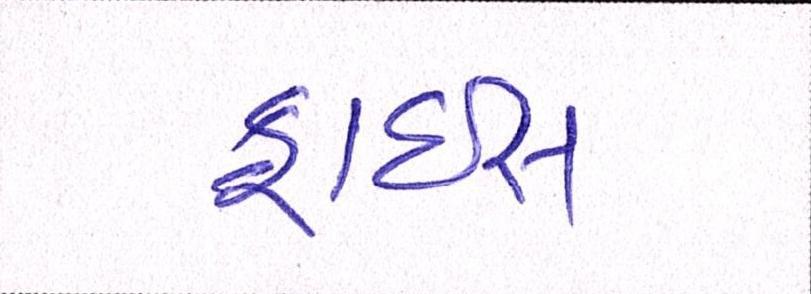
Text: ફ્રાઇસ